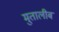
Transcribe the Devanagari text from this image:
मुतालीब